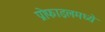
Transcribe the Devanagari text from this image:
प्रोफाइलमध्ये